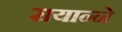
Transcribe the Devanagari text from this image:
रायान्ने